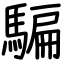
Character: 騙